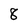
Character: 8